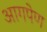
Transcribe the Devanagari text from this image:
आगपेण